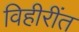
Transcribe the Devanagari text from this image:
विहीरींत